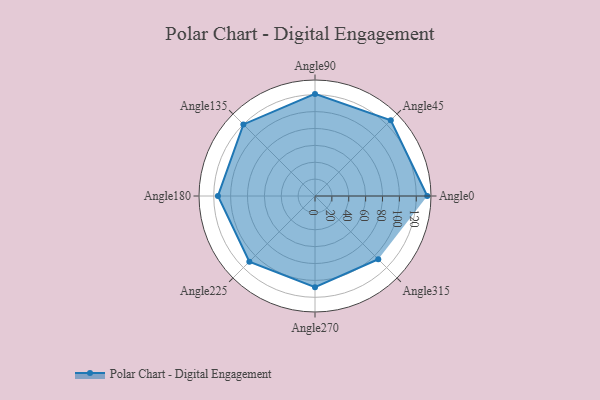
{"axis": {"x": "Angle", "y": "Radius"}, "legend": [""], "data": [{"x": "Angle0", "y": 133.0, "type": ""}, {"x": "Angle45", "y": 127.0, "type": ""}, {"x": "Angle90", "y": 121.0, "type": ""}, {"x": "Angle135", "y": 120.0, "type": ""}, {"x": "Angle180", "y": 115.0, "type": ""}, {"x": "Angle225", "y": 110.0, "type": ""}, {"x": "Angle270", "y": 108.0, "type": ""}, {"x": "Angle315", "y": 106.0, "type": ""}]}